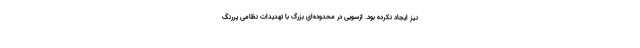
نیز ایجاد نکرده بود. ازسویی در محدوده‌ای بزرگ با تهدیدات نظامی پررنگ